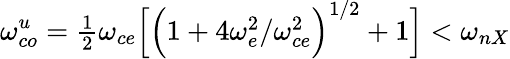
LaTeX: \omega_{co}^{u}=\textstyle{\frac{1}{2}}\omega_{ce}\Big[\Big(1+4\omega_{e}^{2}/\omega_{ce}^{2}\Big)^{1/2}+1\Big]<\omega_{nX}